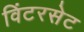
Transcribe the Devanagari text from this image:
विंटरसेट